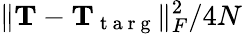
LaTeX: \lVert\mathbf{T}-\mathbf{T}_{\mathrm{~t~a~r~g~}}\rVert_{F}^{2}/4N